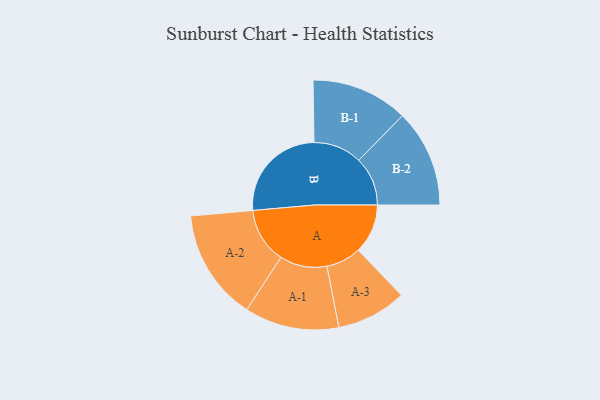
{"axis": {"x": "Segment", "y": "Value"}, "legend": ["", "A", "B"], "data": [{"x": "A", "y": 243, "type": ""}, {"x": "B", "y": 495, "type": ""}, {"x": "A-1", "y": 232, "type": "A"}, {"x": "A-2", "y": 273, "type": "A"}, {"x": "A-3", "y": 172, "type": "A"}, {"x": "B-1", "y": 238, "type": "B"}, {"x": "B-2", "y": 240, "type": "B"}]}